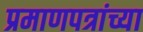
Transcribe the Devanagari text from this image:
प्रमाणपत्रांच्या